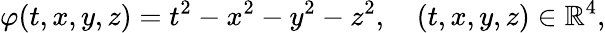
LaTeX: \varphi(t,x,y,z)=t^{2}-x^{2}-y^{2}-z^{2},\quad(t,x,y,z)\in{\mathbb R}^{4},